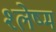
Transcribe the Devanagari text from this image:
श्‍लेष्म